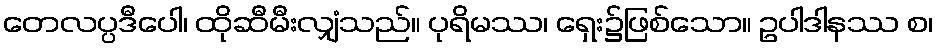
တေလပ္ပဒီပေါ၊ ထိုဆီမီးလျှံသည်။ ပုရိမဿ၊ ရှေး၌ဖြစ်သော။ ဥပါဒါနဿ စ၊